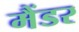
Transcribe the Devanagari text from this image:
मैंडर